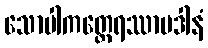
သောပါကတ္ထေရဿာပဒါနံ